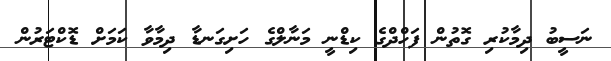
ނަސީބު ދިމާކުރި ގޮތުން ފަހްދްގެ ކިޑްނީ މަނާލްގެ ހަށިގަނޑާ ދިމާވާ ކަމަށް ޑޮކްޓަރުން